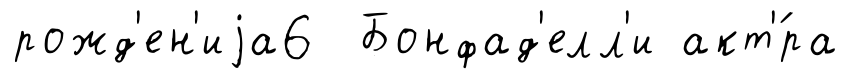
рожд'ен'иjа6 Бонфад'елл'и акт'́ра